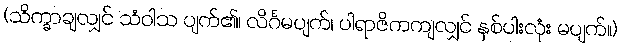
(သိက္ခာချလျှင် သံဝါသ ပျက်၏၊ လိင်္ဂမပျက်၊ ပါရာဇိကကျလျှင် နှစ်ပါးလုံး မပျက်။)